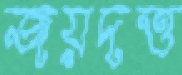
জয়দত্ত